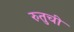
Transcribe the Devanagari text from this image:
रुतुची